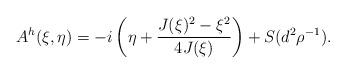
LaTeX: \begin{align*}A^h(\xi,\eta) = - i \left( \eta +\frac{J(\xi)^2 -\xi^2}{4J(\xi)} \right) + S(d^2\rho^{-1}).\end{align*}